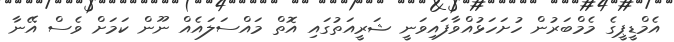
އެމްޑީޕީގެ މެމްބަރުން ހުށަހަޅުއްވާފައިވަނީ ޝަރީއަތުގައި އޮތް މައްސަލައެއް ނޫން ކަމަށް ވެސް އޭނާ